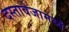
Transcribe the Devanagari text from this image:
दस्तावेजामध्ये